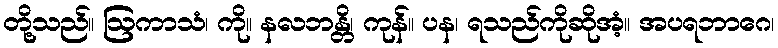
တို့သည်။ ဩကာသံ၊ ကို။ နလဘန္တိ၊ ကုန်။ ပန၊ ရသည်ကိုဆိုအံ့။ အပရဘာဂေ၊